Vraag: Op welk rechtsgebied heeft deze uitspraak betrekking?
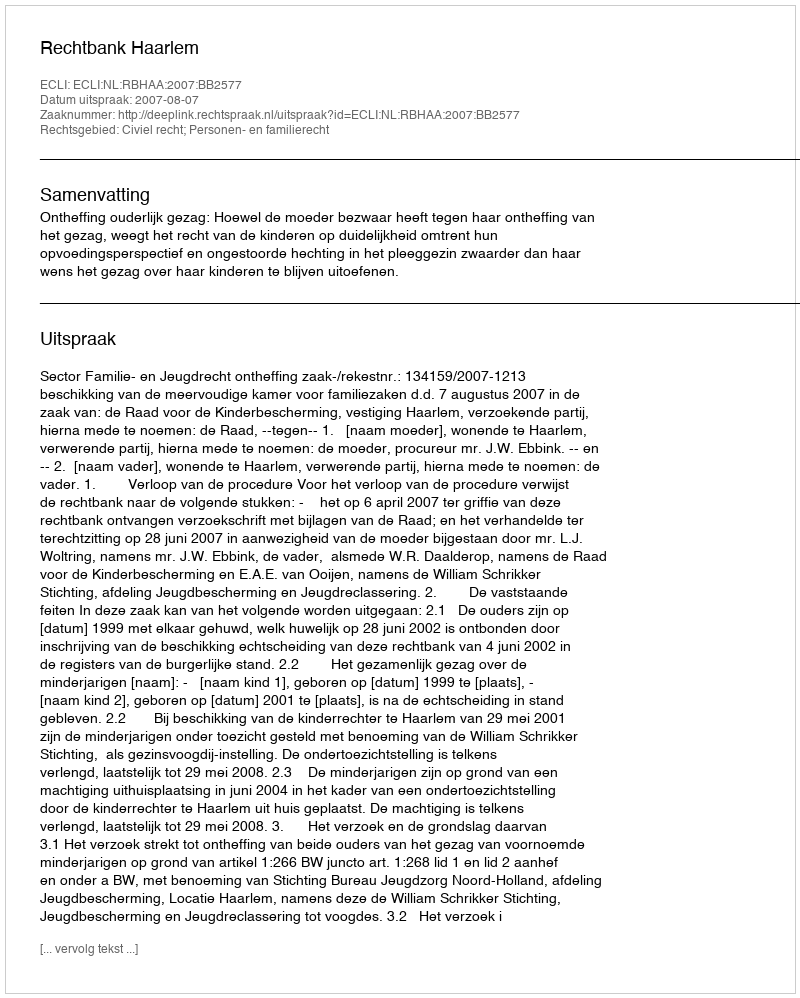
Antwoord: Civiel recht; Personen- en familierecht